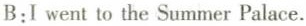
B:Iwent to the Summer Palace.